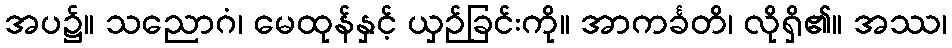
အပ၌။ သညောဂံ၊ မေထုန်နှင့် ယှဉ်ခြင်းကို။ အာကင်္ခတိ၊ လိုရှိ၏။ အဿ၊